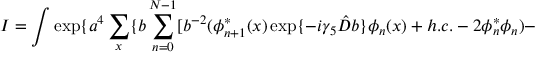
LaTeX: I = \int \exp \{ a ^ { 4 } \sum _ { x } \{ b \sum _ { n = 0 } ^ { N - 1 } [ b ^ { - 2 } ( \phi _ { n + 1 } ^ { * } ( x ) \exp \{ - i \gamma _ { 5 } \hat { D } b \} \phi _ { n } ( x ) + h . c . - 2 \phi _ { n } ^ { * } \phi _ { n } ) -